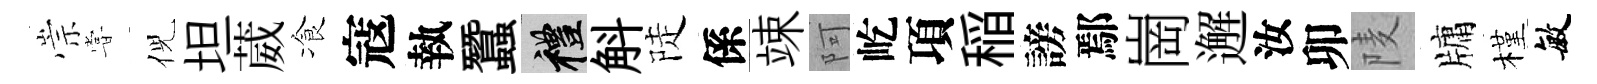
崇甞倪坦葳飡寇執蠶禮斛陡係竦阿屹項稲謗鄢崗邂汝卯𨹧牗槿敏